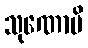
သုဏောမိ